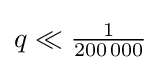
\textstyle q\ll {\frac {1}{200\,000}}